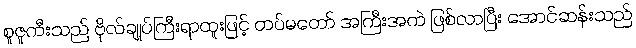
စူဇူကီးသည် ဗိုလ်ချုပ်ကြီးရာထူးဖြင့် တပ်မတော် အကြီးအကဲ ဖြစ်လာပြီး အောင်ဆန်းသည်